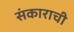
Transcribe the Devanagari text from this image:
संकाराची